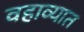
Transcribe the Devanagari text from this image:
वहाव्यात